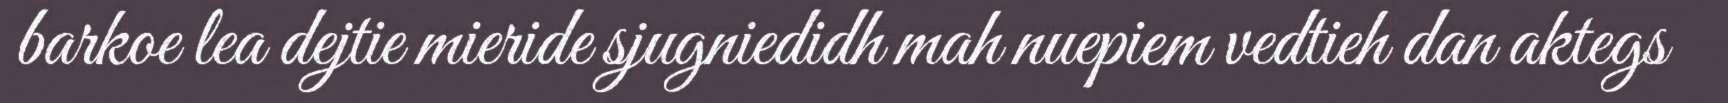
barkoe lea dejtie mieride sjugniedidh mah nuepiem vedtieh dan aktegs